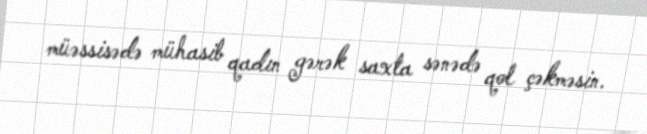
müəssisədə mühasib qadın gərək saxta sənədə qol çəkməsin.